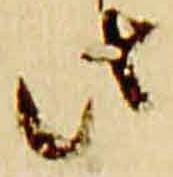
此